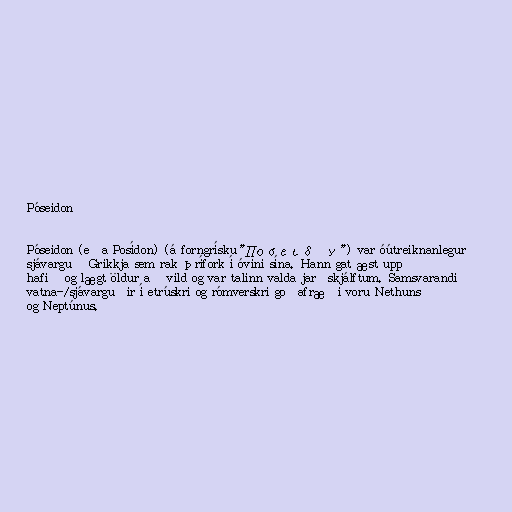
Póseidon

Póseidon (eða Posídon) (á forngrísku "Ποσειδῶν") var óútreiknanlegur
sjávarguð Grikkja sem rak þrífork í óvini sína. Hann gat æst upp
hafið og lægt öldur að vild og var talinn valda jarðskjálftum. Samsvarandi
vatna-/sjávarguðir í etrúskri og rómverskri goðafræði voru Nethuns
og Neptúnus.